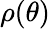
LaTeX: \rho(\theta)